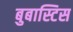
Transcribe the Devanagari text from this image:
बुबास्टिस